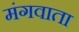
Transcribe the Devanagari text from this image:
मंगवाता